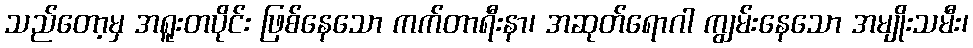
သည်တော့မှ အရူးတပိုင်း ဖြစ်နေသော ကက်တာရီးနာ၊ အဆုတ်ရောဂါ ကျွမ်းနေသော အမျိုးသမီး၊